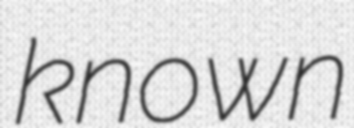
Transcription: known